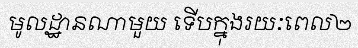
មូលដ្ឋានណាមួយ ទើបក្នុងរយៈពេល២